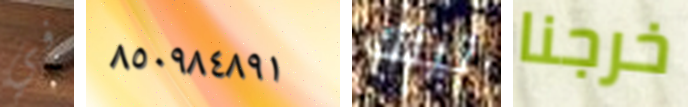
في ٨٥٠٩٨٤٨٩١ تيلك خرجنا